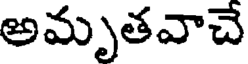
అమృతవాచే